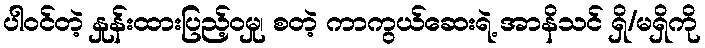
ပါဝင်တဲ့ နှုန်းထားပြည့်ဝမှု၊ စတဲ့ ကာကွယ်ဆေးရဲ့ အာနိသင် ရှိ/မရှိကို